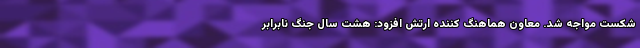
شکست مواجه شد. معاون هماهنگ کننده ارتش افزود: هشت سال جنگ نابرابر